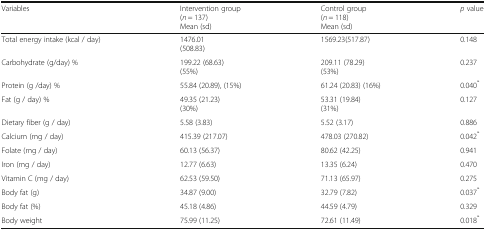
<table><thead><tr><td><b>Variables</b></td><td><b>Intervention group(<i>n</i> = 137)Mean (sd)</b></td><td><b>Control group(<i>n</i> = 118)Mean (sd)</b></td><td><b><i>p</i> value</b></td></tr></thead><tbody><tr><td>Total energy intake (kcal / day)</td><td>1476.01 (508.83)</td><td>1569.23(517.87)</td><td>0.148</td></tr><tr><td>Carbohydrate (g/day) %</td><td>199.22 (68.63)(55%)</td><td>209.11 (78.29)(53%)</td><td>0.237</td></tr><tr><td>Protein (g /day) %</td><td>55.84 (20.89), (15%)</td><td>61.24 (20.83) (16%)</td><td>0.040<sup>*</sup></td></tr><tr><td>Fat (g / day) %</td><td>49.35 (21.23)(30%)</td><td>53.31 (19.84)(31%)</td><td>0.127</td></tr><tr><td>Dietary fiber (g / day)</td><td>5.58 (3.83)</td><td>5.52 (3.17)</td><td>0.886</td></tr><tr><td>Calcium (mg / day)</td><td>415.39 (217.07)</td><td>478.03 (270.82)</td><td>0.042<sup>*</sup></td></tr><tr><td>Folate (mg / day)</td><td>60.13 (56.37)</td><td>80.62 (42.25)</td><td>0.941</td></tr><tr><td>Iron (mg / day)</td><td>12.77 (6.63)</td><td>13.35 (6.24)</td><td>0.470</td></tr><tr><td>Vitamin C (mg / day)</td><td>62.53 (59.50)</td><td>71.13 (65.97)</td><td>0.275</td></tr><tr><td>Body fat (g)</td><td>34.87 (9.00)</td><td>32.79 (7.82)</td><td>0.037<sup>*</sup></td></tr><tr><td>Body fat (%)</td><td>45.18 (4.86)</td><td>44.59 (4.79)</td><td>0.329</td></tr><tr><td>Body weight</td><td>75.99 (11.25)</td><td>72.61 (11.49)</td><td>0.018<sup>*</sup></td></tr></tbody></table>